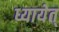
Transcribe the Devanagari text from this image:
ध्यायेत्